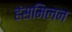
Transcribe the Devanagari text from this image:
हंसमिलन